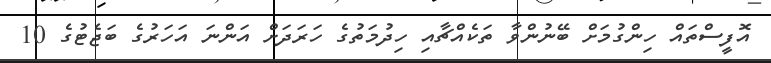
އޮފީސްތައް ހިންގުމަށް ބޭނުންވާ ތަކެއްޗާއި ހިދުމަތުގެ ހަރަދަށް އަންނަ އަހަރުގެ ބަޖެޓުގެ 10